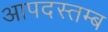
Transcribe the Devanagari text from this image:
आपदस्तम्ब